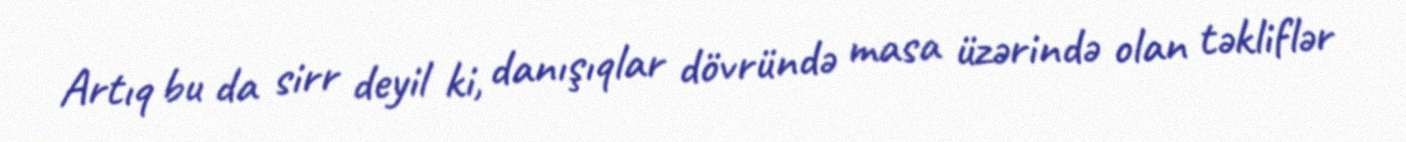
Artıq bu da sirr deyil ki, danışıqlar dövründə masa üzərində olan təkliflər